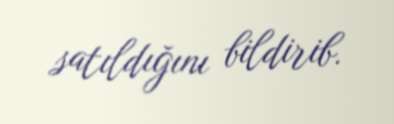
satıldığını bildirib.